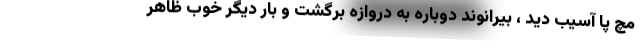
مچ پا آسیب دید ، بیرانوند دوباره به دروازه برگشت و بار دیگر خوب ظاهر